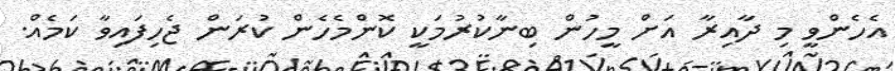
އެހެންވީ މި ދާއިރާ އަށް މީހުން ބިނާކުރުމަކީ ކޮންމެހެން ކުރަން ޖެހިފައިވާ ކަމެއް.